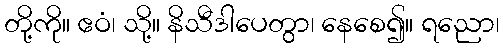
တို့ကို။ ဧဝံ၊ သို့။ နိသီဒါပေတွာ၊ နေစေ၍။ ရညော၊